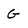
Character: G